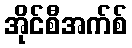
အိုင်စီအက်စ်